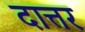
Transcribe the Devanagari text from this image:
दात्तर